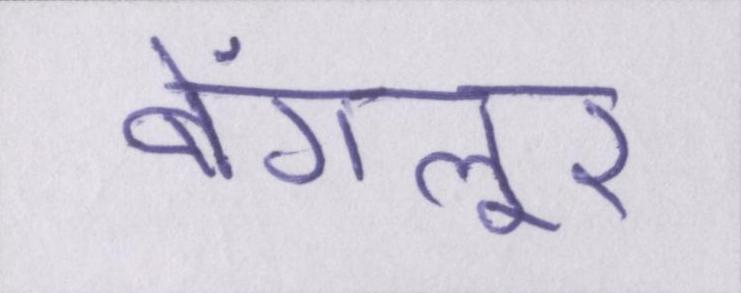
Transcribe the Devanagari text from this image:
बेंगलूर